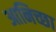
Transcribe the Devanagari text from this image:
आनिच्छा